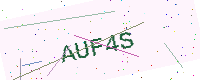
Text: AUF4S